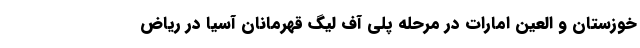
خوزستان و العین امارات در مرحله پلی آف لیگ قهرمانان آسیا در ریاض